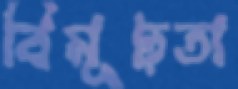
বিমূঢ়তা